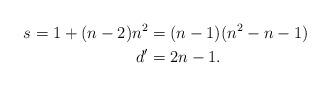
LaTeX: \begin{align*} s = 1 + ( n - 2 ) n^2 &= (n - 1)( n^2 - n - 1 ) \\ d' &= 2n - 1.\end{align*}